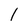
Character: 1